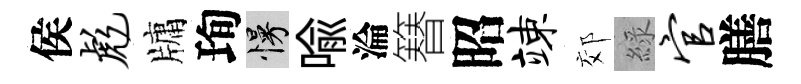
侯彪牗珣慢喩淪簮昭竦郊綠官膳